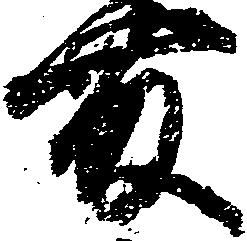
藤